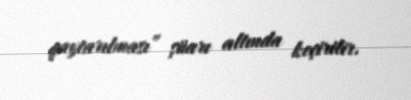
qaytarılması” şüarı altında keçirilir.